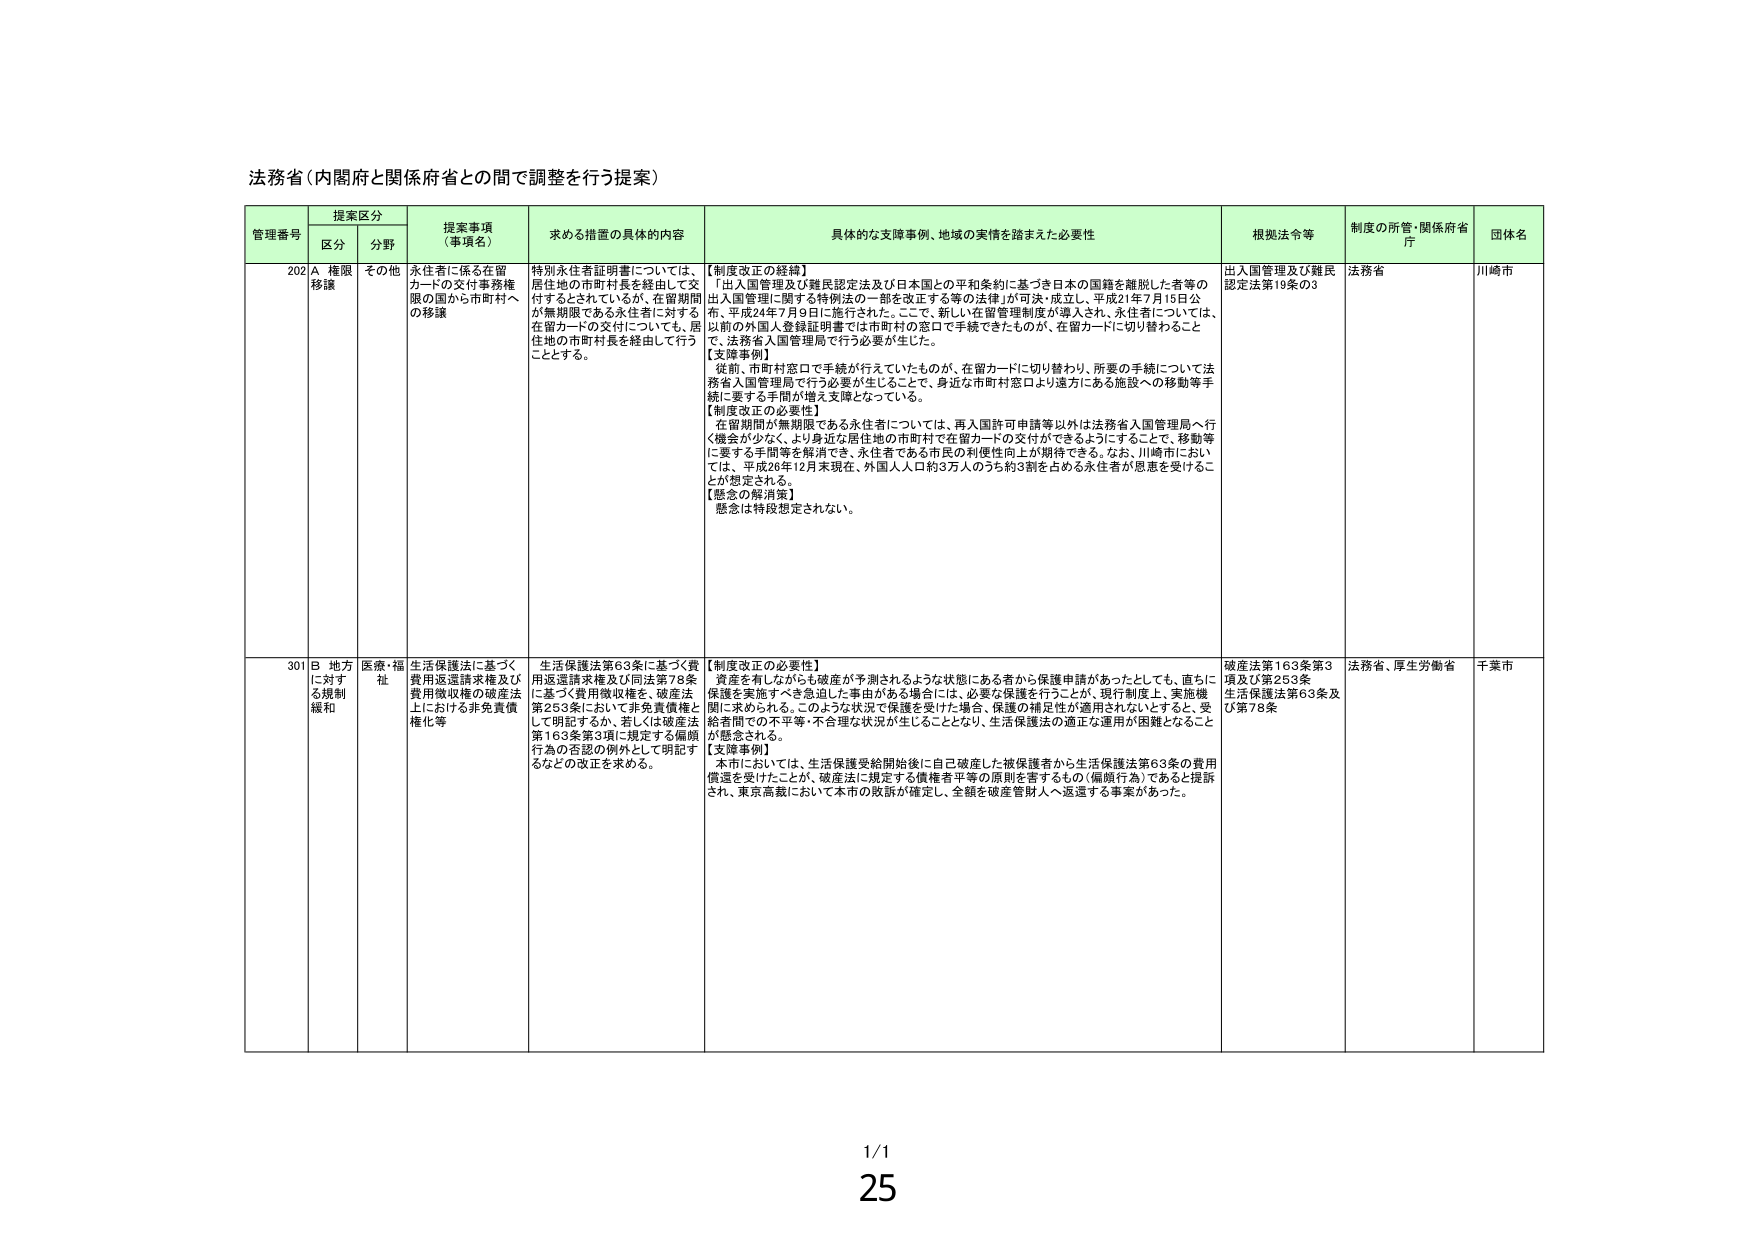
法務省（内閣府と関係府省との間で調整を行う提案）

管理番号 提案区分 提案事項（事項名） 求める措置の具体的内容 具体的な支障事例、地域の実情を踏まえた必要性 根拠法令等 制度の所管・関係府省庁 団体名
区分 分野

202 A 権限移譲 その他 永住者に係る在留カードの交付事務権限の国から市町村への移譲 特別永住者証明書については、居住地の市町村長を経由して交付するとされているが、在留期間が無期限である永住者に対しては、在留カードの交付についても、居住地の市町村長を経由して行うこととする。 【制度改正の経緯】 「出入国管理及び難民認定法及び日本国との平和条約に基づき日本の国籍を離脱した者等の出入国管理に関する特例法の一部を改正する等の法律」が可決・成立し、平成21年7月15日公布、平成24年7月9日に施行された。ここで、新しい在留管理制度が導入され、永住者については、以前の外国人登録証明書では市町村の窓口で手続できたものが、在留カードに切り替わることで、法務省入国管理局で行う必要が生じた。 【支障事例】 従前、市町村窓口で手続が行えていたものが、在留カードに切り替わり、所要の手続について法務省入国管理局で行う必要が生じることで、身近な市町村窓口より遠方にある施設への移動等手続に要する手間が増え支障となっている。 【制度改正の必要性】 在留期間が無期限である永住者については、再入国許可申請等以外は法務省入国管理局へ行く機会が少なく、より身近な居住地の市町村で在留カードの交付ができるようにすることで、移動等に要する手間等を解消でき、永住者である市民の利便性向上が期待できる。なお、川崎市においては、平成26年12月末現在、外国人人口約3万人のうち約3割を占める永住者が恩恵を受けることが想定される。 【懸念の解消案】 懸念は特段想定されない。 出入国管理及び難民認定法第19条の3 法務省 川崎市

301 B 地方に対する規制緩和 医療・福祉 生活保護法に基づく費用返還請求権及び費用徴収権の破産法上における非免責債権化等 生活保護法第63条に基づく費用返還請求権及び同法第78条に基づく費用徴収権を、破産法第253条において非免責債権として明記するか、若しくは破産法第163条第3項に規定する偏頗行為の否認の例外として明記するなどの改正を求める。 【制度改正の必要性】 資産を有しながらも破産が予測されるような状態にある者から保護申請があったとしても、直ちに保護を実施すべき急迫した事由がある場合には、必要な保護を行うことが、現行制度上、実施機関に求められる。このような状況で保護を受けた場合、保護の補足性が適用されないとすると、受給者間での不平等・不合理な状況が生じることとなり、生活保護法の適正な運用が困難となることが懸念される。 【支障事例】 本市においては、生活保護受給開始後に自己破産した被保護者から生活保護法第63条の費用徴還を受けたことが、破産法に規定する債権者平等の原則を害するもの（偏頗行為）であると提訴され、東京高裁において本市の敗訴が確定し、全額を破産管財人へ返還する事案があった。 破産法第163条第3項及び第253条 生活保護法第63条及び第78条 法務省、厚生労働省 千葉市

1/1
25